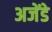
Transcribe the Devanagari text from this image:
अजेंडे